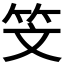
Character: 𥫾